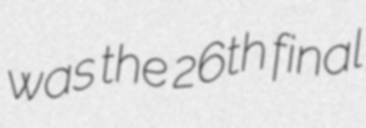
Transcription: was the 26th final